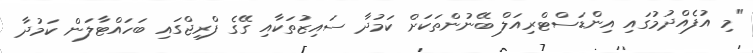
"މި އުފެއްދުމުގައި އިންޑަސްޓްރިއަލް ބޭނުންތަކަށް ކަމުދާ ސައިޒުތަކާއި ގޭގެ ފްރިޖްގައި ބަހައްޓާލަން ކަމުދާ